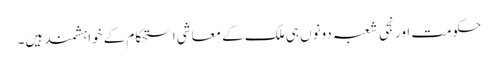
حکومت اور نجی شعبہ دونوں ہی ملک کے معاشی استحکام کے خواہشمند ہیں۔